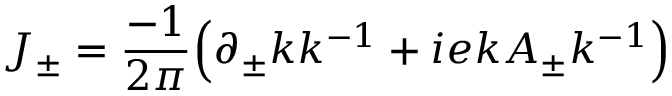
J _ { \pm } = \frac { - 1 } { 2 \pi } \Big ( \partial _ { \pm } k k ^ { - 1 } + i e k A _ { \pm } k ^ { - 1 } \Big )